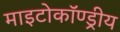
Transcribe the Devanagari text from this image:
माइटोकॉण्ड्रीय